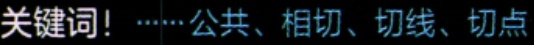
关键词！······公共、相切、切线、切点